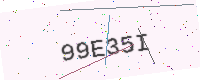
Text: 99E35I